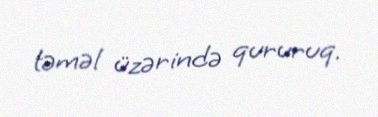
təməl üzərində qururuq.